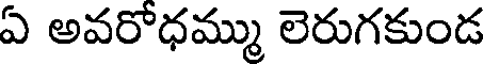
ఏ అవరోధమ్ము లెరుగకుండ